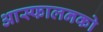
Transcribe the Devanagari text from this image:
आस्फालनको